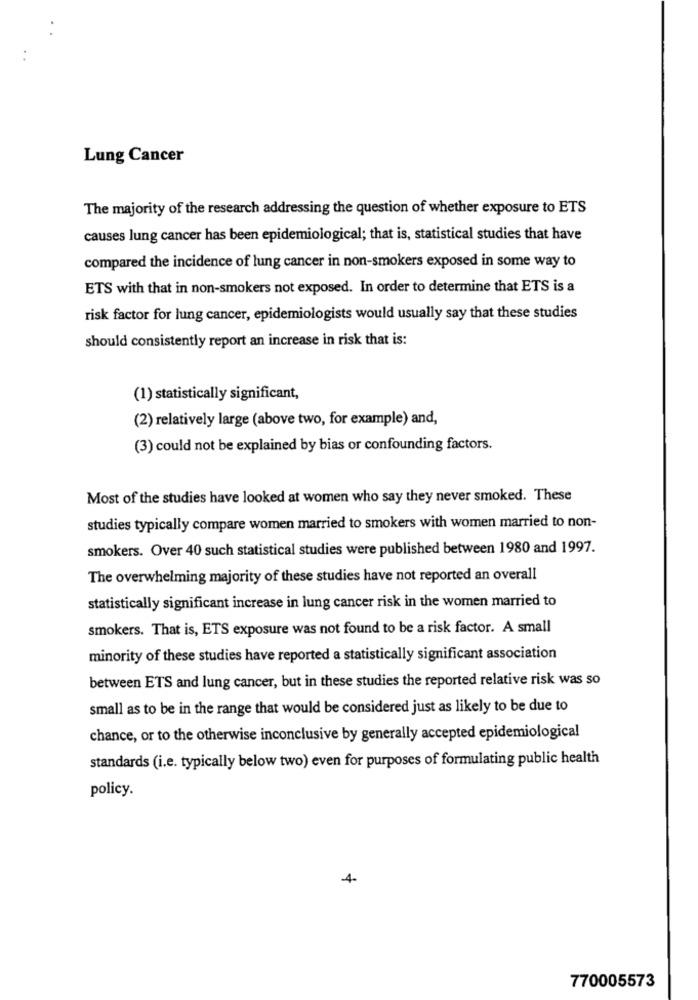
Lung Cancer
The majority of the research addressing the question of whether exposure to ETS
causes lung cancer has been epidemiological; that is, statistical studies that have
compared the incidence of lung cancer in non-smokers exposed in some way to
ETS with that in non-smokers not exposed. In order to determine that ETS is a
risk factor for lung cancer, epidemiologists would usually say that these studies
should consistently report an increase in risk that is:
(1) statistically significant,
(2) relatively large (above two, for example) and,
(3) could not be explained by bias or confounding factors.
Most of the studies have looked at women who say they never smoked. These
studies typically compare women married to smokers with women married to non-
smokers. Over 40 such statistical studies were published between 1980 and 1997.
The overwhelming majority of these studies have not reported an overall
statistically significant increase in lung cancer risk in the women married to
smokers. That is, ETS exposure was not found to be a risk factor. A small
minority of these studies have reported a statistically significant association
between ETS and lung cancer, but in these studies the reported relative risk was so
small as to be in the range that would be considered just as likely to be due to
chance, or to the otherwise inconclusive by generally accepted epidemiological
standards (i.e. typically below two) even for purposes of formulating public health
policy.
4-
770005573